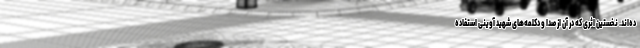
ده‌اند. نخستین اثری که در آن از صدا و دکلمه‌های شهید آوینی استفاده